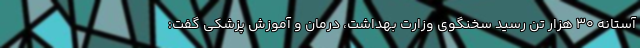
آستانه 30 هزار تن رسید سخنگوی وزارت بهداشت، درمان و آموزش پزشکی گفت: